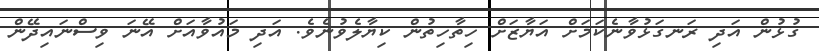
ގުޅުން އަދި ރަނގަޅުވާނެކަމަށް އަޔާޒަށް ހިތާހިތުން ކިޔާލެވުނެވެ. އަދި މައުވާއަށް އޭނަ ވިސްނައިދޭން